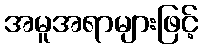
အမူအရာများဖြင့်